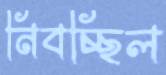
নিবচ্ছিল